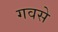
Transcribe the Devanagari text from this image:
गवसे